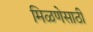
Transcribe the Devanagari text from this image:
मिळणेसाठी